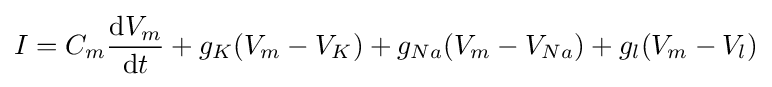
I=C_{m}{\frac {{\mathrm {d} }V_{m}}{{\mathrm {d} }t}}+g_{K}(V_{m}-V_{K})+g_{Na}(V_{m}-V_{Na})+g_{l}(V_{m}-V_{l})